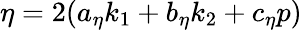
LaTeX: \eta=2(a_{\eta}k_{1}+b_{\eta}k_{2}+c_{\eta}p)